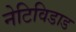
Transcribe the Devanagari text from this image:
नेटिविडाड